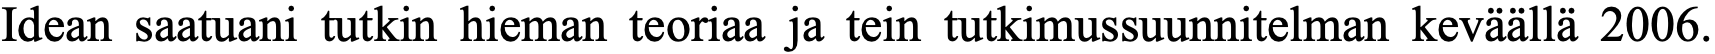
Idean saatuani tutkin hieman teoriaa ja tein tutkimussuunnitelman keväällä 2006.